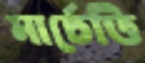
মার্চেত্তি